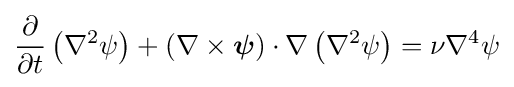
{\frac {\partial }{\partial t}}\left(\nabla ^{2}\psi \right)+(\nabla \times {\boldsymbol {\psi }})\cdot \nabla \left(\nabla ^{2}\psi \right)=\nu \nabla ^{4}\psi